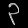
Digit: ၃